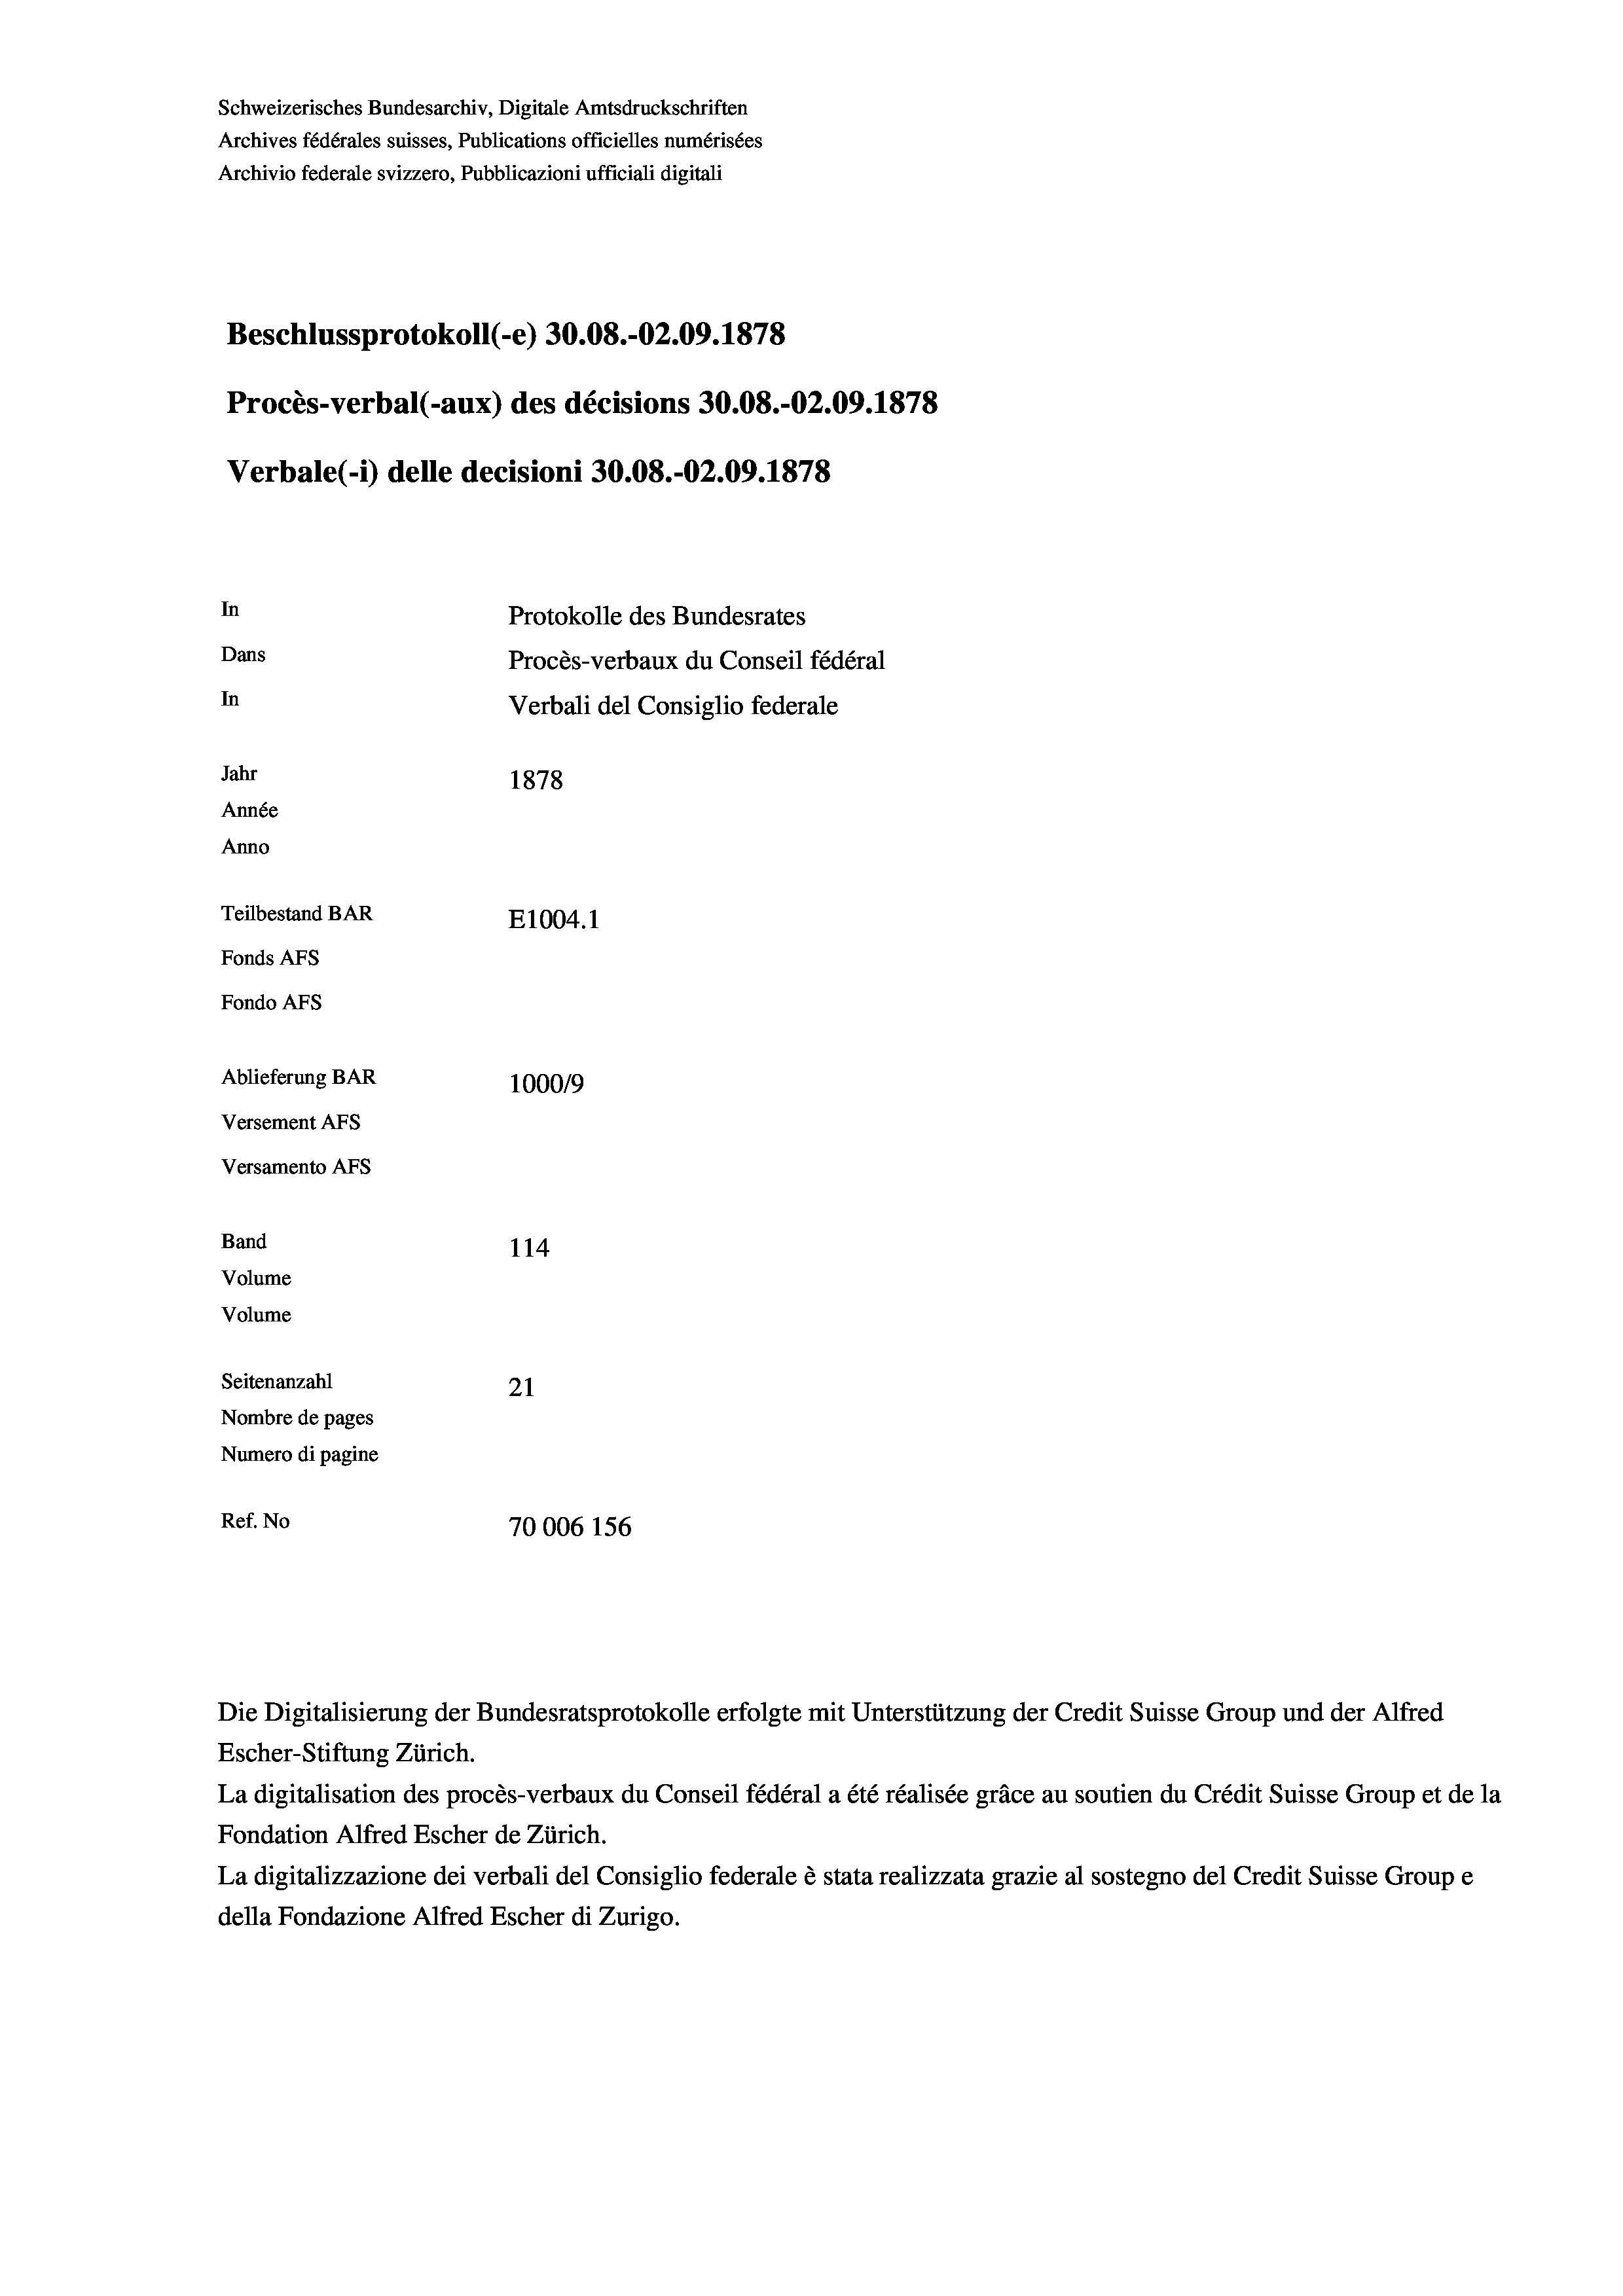
Schweizerisches Bundesarchiv, Digitale Amtsdruckschriften
Archives fédérales suisses, Publications officielles numérisées
Archivio federale svizzero, Pubblicazioni ufficiali digitali
Beschlussprotokoll (-e) 30.08.-02.09. 1878
Procès-verbal (-aux) des décisions 30.08.-02.09. 1878
Verbale(*) delle decisioni 30.08.-02.09. 1878
In
Protokolle des Bundesrates
Dans
Procès-verbaux du Conseil fédéral
In
Verbali del Consiglio federale
Jahr
1878
Année
Anno
Teilbestand BAR
E1004. 1
Fonds AFs
Fondo Afs
Ablieferung BAR
100019
Versement AFs
Versamento AFS
Band
114
Volume
Volume
Seitenanzahl
21
Nombre de pages
Numero di pagine
Ref. No
70006 156

La digitalisation des procès-verbaux du Conseil fédéral a été réalisée gräce au soutien du Crédit Suisse Group et de la
Fondation Alfred Escher de Zürich.
La digitalizzazione dei verbali del Consiglio federale è stata realizzata grazie al sostegno del Credit Suisse Groupe
della Fondazione Alfred Escher di Zurigo.

Die Digitalisierung der Bundesratsprotokolle erfolgte mit Unterstützung der Credit Suisse Group und der Alfred
Escher-Stiftung Zürich.